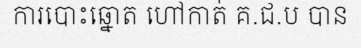
ការបោះឆ្នោត ហៅកាត់ គ.ជ.ប បាន